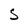
Character: S